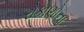
રોકાણોના